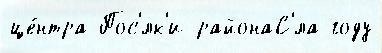
це́нтра Пос'́лк'и районаС'́ла году